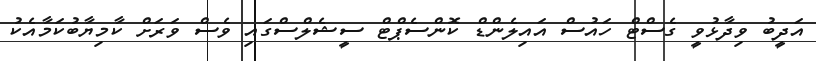
އަދީބު ވިދާޅުވީ ގެސްޓް ހައުސް އައިލެންޑް ކޮންސެޕްޓް ސީޝެލްސްގައި ވެސް ވަރަށް ކާމިޔާބުކަމާއެކު